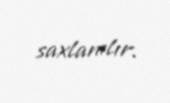
saxlanılır.